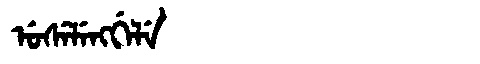
Manchu: ᡠᠰᡝᠯᡝᠩᡤᡝᠯᡝ
Romanization: USELENGGELE